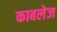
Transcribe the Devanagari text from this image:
काबलेज